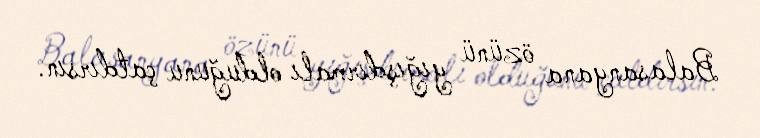
Balasanyana özünü yığışdırmalı olduğunu çatdırsın.